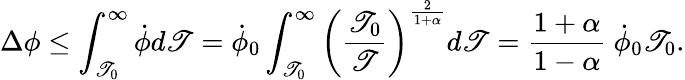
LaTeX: \Delta\phi\leq\int_{\mathscr{T}_{0}}^{\infty}\dot{{\phi}}d\mathscr{T}=\dot{{\phi}}_{0}\int_{\mathscr{T}_{0}}^{\infty}\left({\frac{{\mathscr{T}_{0}}}{{\mathscr{T}}}}\right)^{\frac{{2}}{{1+\alpha}}}d\mathscr{T}={\frac{{1+\alpha}}{{1-\alpha}}}~\dot{{\phi}}_{0}\mathscr{T}_{0}.